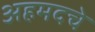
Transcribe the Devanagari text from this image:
अहमदचे